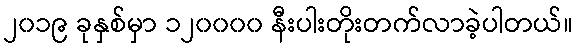
၂၀၁၉ ခုနှစ်မှာ ၁၂၀၀၀၀ နီးပါးတိုးတက်လာခဲ့ပါတယ်။